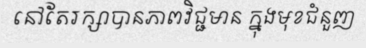
នៅតែរក្សាបានភាពវិជ្ជមាន ក្នុងមុខជំនួញ